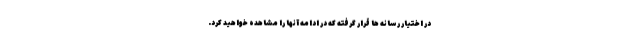
در اختیار رسانه ها قرار گرفته که در ادامه آنها را مشاهده خواهید کرد.